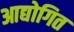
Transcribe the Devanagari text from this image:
आद्योगित